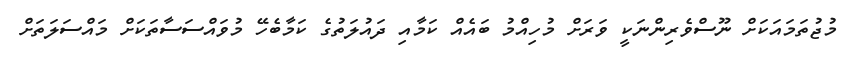
މުޖުތަމައަކަށް ނޫސްވެރިންނަކީ ވަރަށް މުހިއްމު ބައެއް ކަމާއި ދައުލަތުގެ ކަމާބެހޭ މުވައްސަސާތަކަށް މައްސަލަތަށް